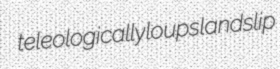
teleologically loups landslip